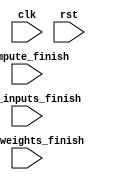
`timescale 1ns / 1ps

// define states
`define rest 0
`define read_weights 1
`define read_inputs 2
`define compute 3
`define output 4

module ctrl(clk, rst, read_weights_finish, read_inputs_finish, compute_finish);
    input clk, rst, read_weights_finish, read_inputs_finish, compute_finish;

    // rest state counter
    reg [3:0] rest_counter;
    // state
    reg [2:0] state;
    // jump out rest state
    wire rest_finish;
    // start read weights
    reg start_read_w;
    // start read inputs
    reg start_read_i;
    // start compute layer1;
    reg start_compute;

    // connect with other modules
    // weight_ram
    // (.start_read_w(start_read_w))

    // input_ram
    // (.start_read_i(start_read_i))

    // cmp_module
    // (	.start_compute(start_compute),
    // 	.compute_finish(compute_finish))




    // when rest 10 cycles, go to next state. 
    assign rest_finish = rest_counter>10;
    // FSM
    always @(posedge clk) begin
    if(rst) begin
    	state <= `rest;
    	rest_counter <= 4'b0;
        start_read_w <= 0;
        start_read_i <= 0;
        start_compute <= 0;
    // else if(clk)
    //     state <= `rest;
    //     rest_counter <= 4'd0;
    // else 
    //     state <= `rest;
    //     rest_counter <= 4'd0;
    end

    else begin
    	case (state)
    	`rest:begin
    		if (rest_finish == 1) begin
    			state <= `read_weights;
    			rest_counter <= 0;
    		end
    		else begin
    			rest_counter <= rest_counter + 1;
    			state <= `rest;
    		end
    	end
    	`read_weights:begin
    		if (read_weights_finish == 1) begin
    			start_read_w <= 0;
    			state <= `read_inputs;
    		end
    		else begin
    			start_read_w <= 1;
    			state <= `read_weights;
    		end
    	end
    	`read_inputs:begin
    		if (read_inputs_finish == 1) begin
    			start_read_i <= 0;
    			state <= `compute;
    		end
    		else begin
    			start_read_i <= 1;
    			state <= `read_inputs;
    		end
    	end
    	`compute:begin
    		if (compute_finish == 1) begin
    			start_compute <= 0;
    			state <= `output;
    		end
    		else begin
    			start_compute <= 1;
    			state <= `compute;
    		end
     	end
        endcase
    end

    end
endmodule